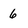
Character: 6